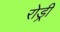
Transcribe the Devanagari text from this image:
रोड्री